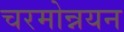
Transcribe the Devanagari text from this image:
चरमोन्नयन